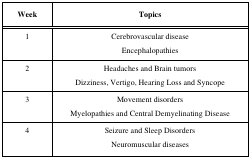
<table><thead><tr><td><b>Week</b></td><td><b>Topics</b></td></tr></thead><tbody><tr><td>1</td><td>Cerebrovascular disease Encephalopathies</td></tr><tr><td>2</td><td>Headaches and Brain tumorsDizziness, Vertigo, Hearing Loss and Syncope</td></tr><tr><td>3</td><td>Movement disordersMyelopathies and Central Demyelinating Disease</td></tr><tr><td>4</td><td>Seizure and Sleep DisordersNeuromuscular diseases</td></tr></tbody></table>